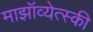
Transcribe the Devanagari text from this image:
माझॉव्येत्स्की